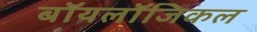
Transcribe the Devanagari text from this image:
बॉयलॉजिकल